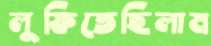
লুফিতেছিলাম